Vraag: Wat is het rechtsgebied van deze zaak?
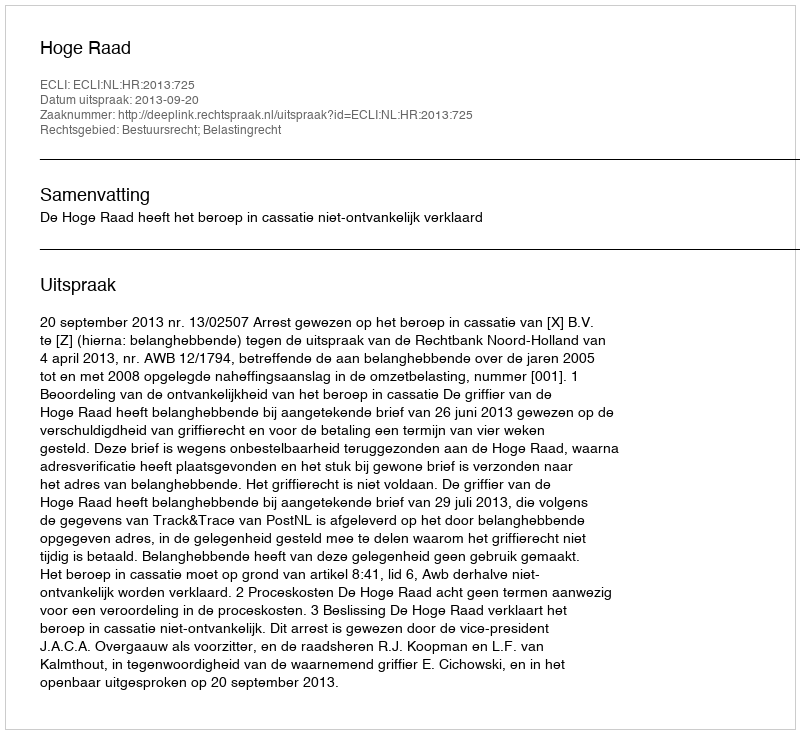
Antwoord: Bestuursrecht; Belastingrecht